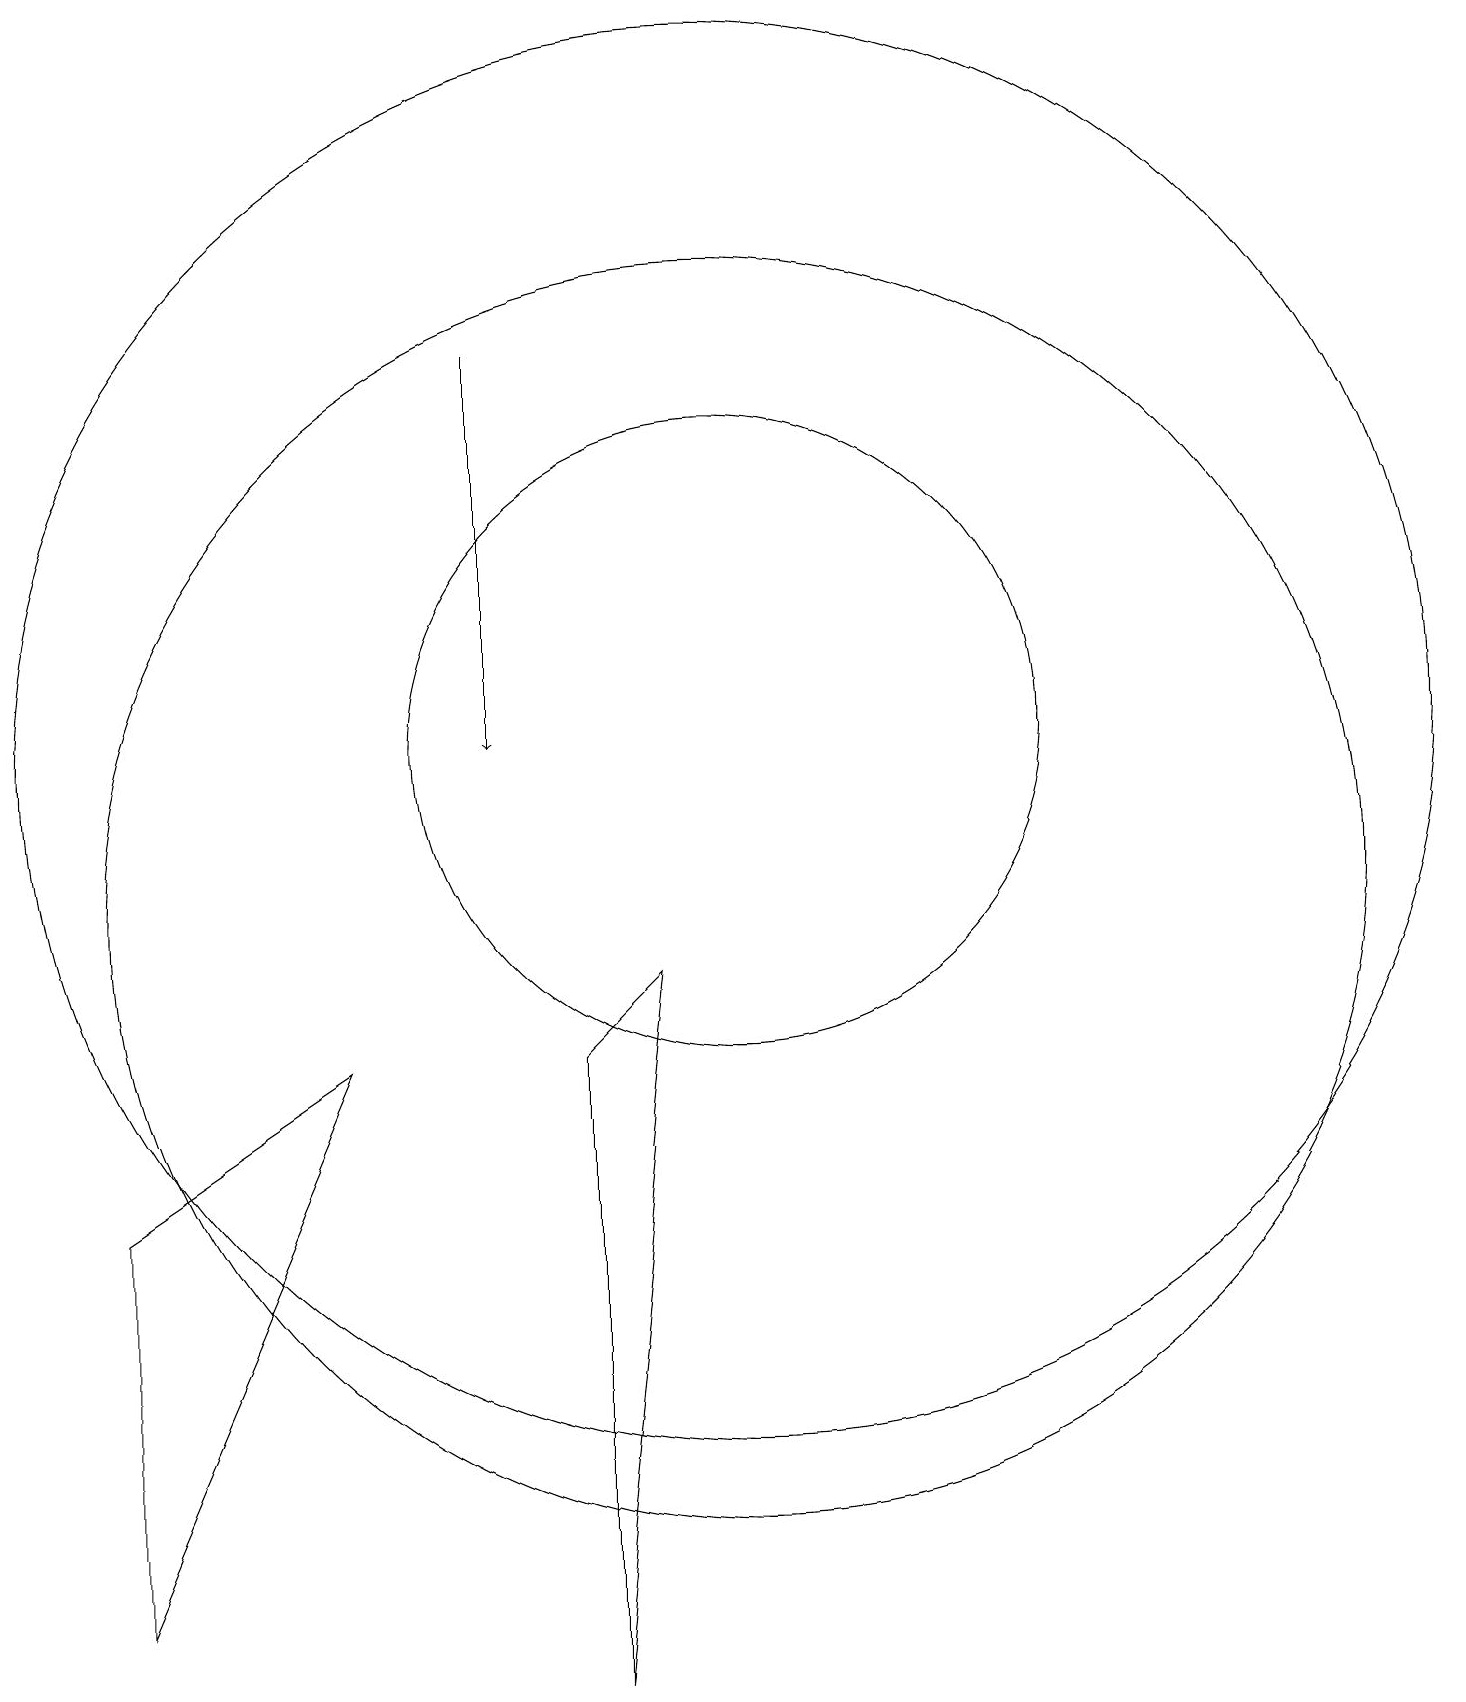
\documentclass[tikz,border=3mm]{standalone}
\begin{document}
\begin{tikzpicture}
\draw (2,1) -- (2,6) -- (5,8) -- cycle;
\draw (10,12) circle (9);
\draw (10,10) circle (8);
\draw[->] (7,17) -- (7,12);
\draw (10,12) circle (4);
\draw (9,9) -- (8,0) -- (8,8) -- cycle;
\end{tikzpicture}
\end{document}